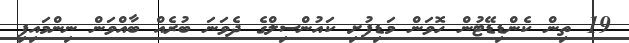
19 ތިން ކެންޑިޑޭޓުން ހޮވަން މަޑިފުށި ކައުންސިލްގެ ދެވަނަ ބުރެއް ބާއްވަން ނިންމައިފި